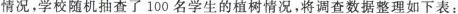
情况，学校随机抽查了100名学生的植树情况，将调查数据整理如下表：